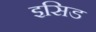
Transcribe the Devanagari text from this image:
इसिड